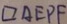
\square A E P F